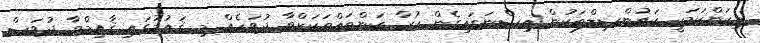
މިކަންކަމަކީ ކައުންސިލްތަކުން އިސްނަގައިގެން ކުރާ ކަންތައްތަކަށްވާ ދުވަހެއް މި ޤައުމުގައި ޤާއިމްވާ ދުވަސް